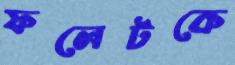
ফলেটকে